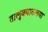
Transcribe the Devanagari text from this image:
तालुक्यातलया